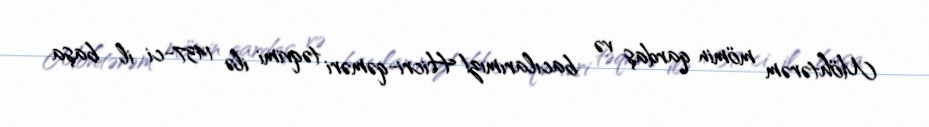
Möhtərəm mömin qardaş və bacılarımız!Hicri-qəməri təqvimi ilə 1437-ci il başa